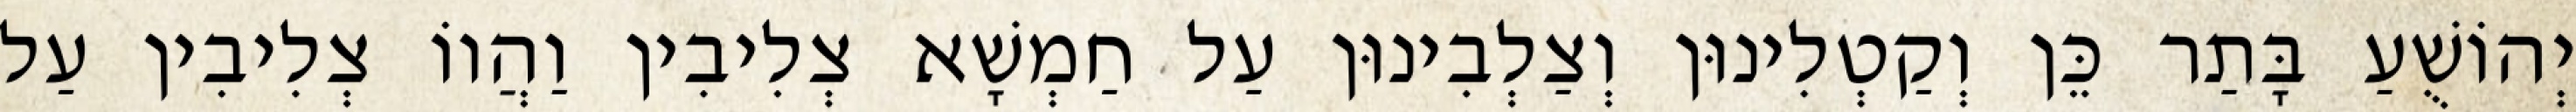
יְהוֹשֻׁעַ בָּתַר כֵּן וְקַטְלִינוּן וְצַלְבִינוּן עַל חַמְשָׁא צְלִיבִין וַהֲווֹ צְלִיבִין עַל